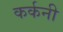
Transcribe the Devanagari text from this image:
कर्कनी